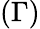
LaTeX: (\Gamma)